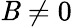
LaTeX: \mathit{B}\neq0